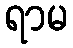
ရာမ